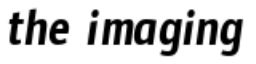
the imaging